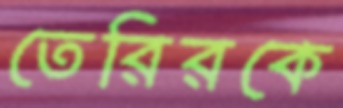
তেরিরকে